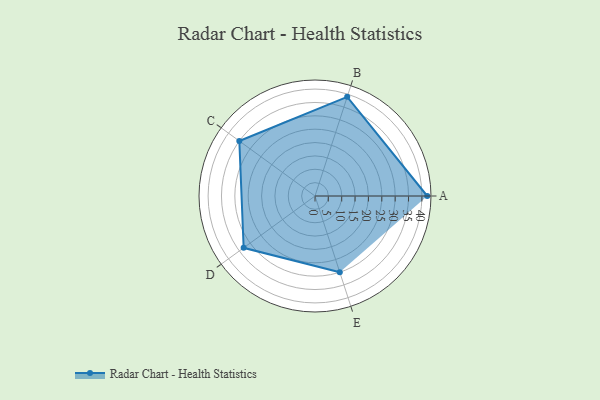
{"axis": {"x": "Skill", "y": "Score"}, "legend": ["Profile"], "data": [{"x": "A", "y": 42.0, "type": "Profile"}, {"x": "B", "y": 39.0, "type": "Profile"}, {"x": "C", "y": 35.0, "type": "Profile"}, {"x": "D", "y": 33.0, "type": "Profile"}, {"x": "E", "y": 30.0, "type": "Profile"}]}